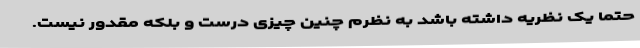
حتماً یک نظریه داشته باشد به نظرم چنین چیزی درست و بلکه مقدور نیست.